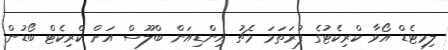
ލިމިޓެޑް އޯވާ ކްރިކެޓުގެ ފުރަތަމަ މެޗު އިންޑިއަން ބްލޫސް އަށް ކްރިކެޓް ބޯޑުން